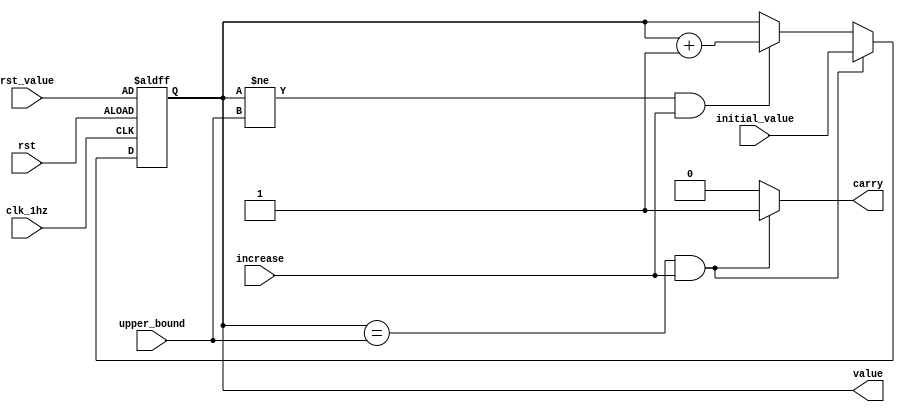
`timescale 1ns / 1ps
//////////////////////////////////////////////////////////////////////////////////
// Company: 
// Engineer: 
// 
// Design Name: 
// Module Name: upcounter
// Project Name: 
// Target Devices: 
// Tool Versions: 
// Description: 
// 
// Dependencies: 
// 
// Revision:
// Revision 0.01 - File Created
// Additional Comments:
// 
//////////////////////////////////////////////////////////////////////////////////
`define enabled 1'b1
`define disabled 1'b0

module upcounter(increase, upper_bound, initial_value, rst_value, clk_1hz, rst, value, carry);
    input increase, clk_1hz, rst;
    input [3:0] upper_bound;
    input [3:0] initial_value;
    input [3:0] rst_value;
    output [3:0] value;
    output carry;
    
    reg [3:0] value_temp;
    reg [3:0] value;
    reg carry;
    
    always @* begin
        if((value == upper_bound) && increase) begin
            value_temp = initial_value;
            carry = `enabled;
        end
        else if((value != upper_bound) && increase) begin
            value_temp = value + 1'b1;
            carry = `disabled;
        end
        else begin
            value_temp = value;
            carry = `disabled;
        end
    end
    
    always @(posedge clk_1hz or negedge rst) begin
        if(~rst) begin
            value <= rst_value;
        end
        else begin
            value <= value_temp;
        end
    end
endmodule